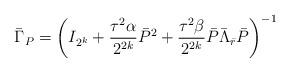
LaTeX: \begin{align*}\bar{\Gamma}_{P}=\left( I_{2^{k}}+\frac{\tau ^{2}\alpha }{2^{2k}}\bar{P}^{2}+\frac{\tau ^{2}\beta }{2^{2k}}\bar{P}\bar{\Lambda}_{\bar{r}}\bar{P}\right)^{-1} \end{align*}